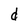
Character: d